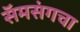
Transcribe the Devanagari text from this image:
सॅमसंगचा